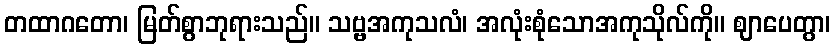
တထာဂတော၊ မြတ်စွာဘုရားသည်။ သဗ္ဗအကုသလံ၊ အလုံးစုံသောအကုသိုလ်ကို။ ဈာပေတွာ၊